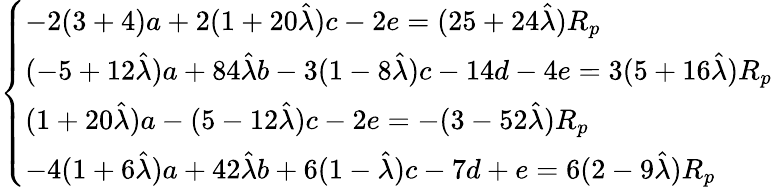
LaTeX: \left\{ \begin{array}{ll}{-2(3+4)a+2(1+20\hat{\lambda})c-2e=(25+24\hat{\lambda})R_{p}}\\ {(-5+12\hat{\lambda})a+84\hat{\lambda}b-3(1-8\hat{\lambda})c-14d-4e=3(5+16\hat{\lambda})R_{p}}\\ {(1+20\hat{\lambda})a-(5-12\hat{\lambda})c-2e=-(3-52\hat{\lambda})R_{p}}\\ {-4(1+6\hat{\lambda})a+42\hat{\lambda}b+6(1-\hat{\lambda})c-7d+e=6(2-9\hat{\lambda})R_{p}}\end{array}\right.